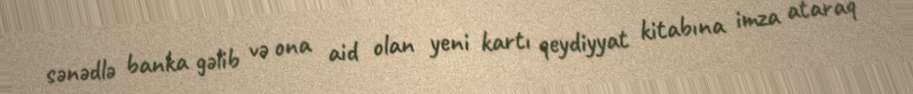
sənədlə banka gəlib və ona aid olan yeni kartı qeydiyyat kitabına imza ataraq